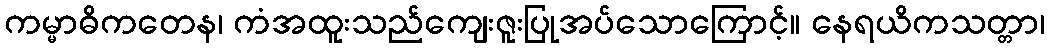
ကမ္မာဓိကတေန၊ ကံအထူးသည်ကျေးဇူးပြုအပ်သောကြောင့်။ နေရယိကသတ္တာ၊